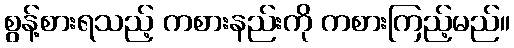
စွန့်စားရသည့် ကစားနည်းကို ကစားကြည့်မည်။